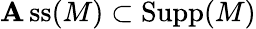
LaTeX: \operatorname{\mathbf{A}ss}(M)\subset\operatorname{Supp}(M)